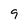
Character: 9